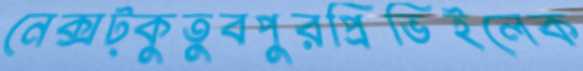
নেক্সট্কুতুবপুরপ্রিভিইলেক